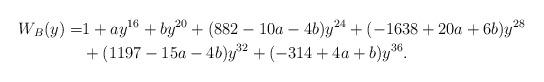
LaTeX: \begin{align*}W_{B}(y)=&1 + a y^{16} + b y^{20} + (882 -10a - 4b) y^{24} + (- 1638 + 20a + 6b) y^{28} \\ &+ (1197 -15a - 4b) y^{32} + (- 314 + 4a + b)y^{36}.\end{align*}